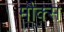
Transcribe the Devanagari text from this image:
मौक्स